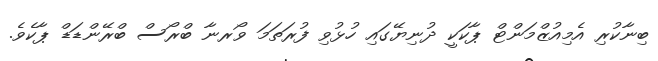
ބިނާކުރި އެމިއުޒްމަންޓް ޕާކަކީ ދުނިޔޭގައި ހުޅުވި ފުރަތަމަ ވޯރނާ ބްރޯސް ބްރޭންޑަޑް ޕާކެވެ.